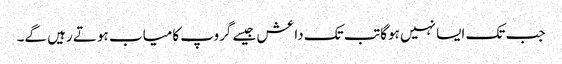
جب تک ایسا نہیں ہوگا تب تک داعش جیسے گروپ کامیاب ہوتے رہیں گے۔